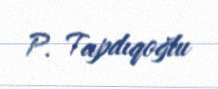
P. Tapdıqoğlu